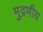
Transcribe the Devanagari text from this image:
मुद्रणीय